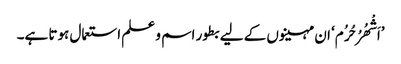
’اَشْھُرُ حُرُم‘ ان مہینوں کے لیے بطور اسم و علم استعمال ہوتا ہے۔